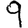
Digit: 9